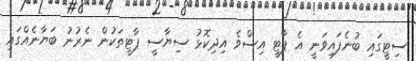
ސިޓީގައި ބުނެފައިވަނީ އެ ޕާޓީ އިސްވެ އިދިކޮޅު ސިޔާސީ ޕާޓީތަކުން ނެރުނު ބަޔާނެއްގައި